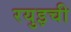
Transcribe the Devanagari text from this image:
रयुइची